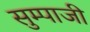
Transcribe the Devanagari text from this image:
सुम्पाजी